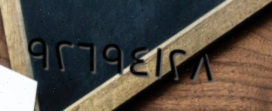
٩٢٦٩٤١٢٨